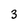
Character: 3